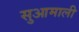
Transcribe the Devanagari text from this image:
सुआमाली